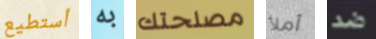
أستطيع به مصلحتك أملأ ضد